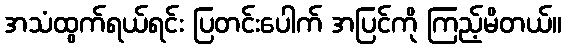
အသံထွက်ရယ်ရင်း ပြတင်းပေါက် အပြင်ကို ကြည့်မိတယ်။